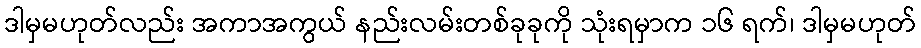
ဒါမှမဟုတ်လည်း အကာအကွယ် နည်းလမ်းတစ်ခုခုကို သုံးရမှာက ၁၆ ရက်၊ ဒါမှမဟုတ်